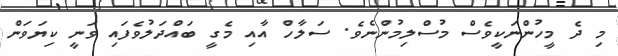
މި ދެ މީހުންނަކީވެސް މުސްލިމުންނެވެ. ސަލާހް އާއި މެގީ ބައްދަލުވެފައި ވަނީ ކިޔަވަން